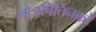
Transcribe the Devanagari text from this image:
भोजपितिनकों